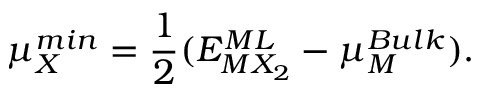
\mu _ { X } ^ { m i n } = \frac { 1 } { 2 } ( E _ { M X _ { 2 } } ^ { M L } - \mu _ { M } ^ { B u l k } ) .